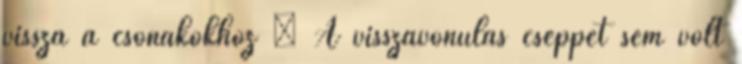
vissza a csónakokhoz – A visszavonulás cseppet sem volt